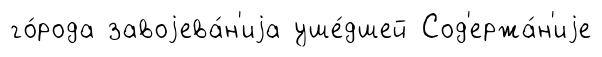
го́рода завоjева́н'иjа уше́дшей Сод'ержа́н'иjе